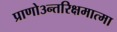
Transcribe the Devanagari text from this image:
प्राणो३न्तरिक्षमात्मा